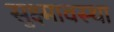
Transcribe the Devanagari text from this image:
सुक्ष्मावस्था